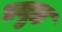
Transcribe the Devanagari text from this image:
ज्युड